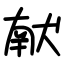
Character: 献